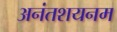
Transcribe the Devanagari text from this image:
अनंतशयनम